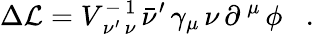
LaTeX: \Delta{\cal L}=V_{\, \nu^{\prime}\, \nu}^{-\, 1}\, {\bar{\nu}}^{\prime}\, \gamma_{\mu}\, \nu\, \partial^{\, \mu}\, \phi\; \; \; .